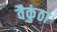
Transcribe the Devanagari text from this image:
वैकुंठा